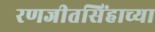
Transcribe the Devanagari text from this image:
रणजीतसिंहाच्या